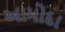
આમોદા